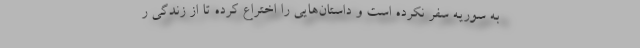
به سوریه سفر نکرده است و داستان‌هایی را اختراع کرده تا از زندگی ر